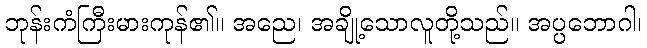
ဘုန်းကံကြီးမားကုန်၏။ အညေ၊ အချို့သောလူတို့သည်။ အပ္ပဘောဂါ၊